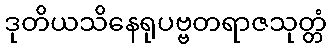
ဒုတိယသိနေရုပဗ္ဗတရာဇသုတ္တံ